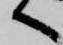
へ